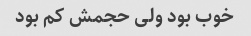
خوب بود ولی حجمش کم بود